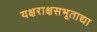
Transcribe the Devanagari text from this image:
यक्षराक्षसभूताद्या